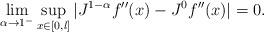
LaTeX: \begin{align*}\lim_{\alpha\to1^-}\sup_{x\in[0,l]}|J^{1-\alpha}f''(x)-J^0f''(x)|=0.\end{align*}